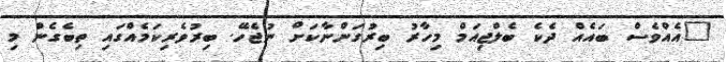
"އެއްވެސް ބައެއް ދެކެ ބެލްޖިއަމް މިހާރު ބިރުގަންނާކަށް ނުޖެހޭ. ބިރުވެރިކަމެއްގައި ތިބެގެން މި